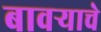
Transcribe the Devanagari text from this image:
बावऱ्याचे